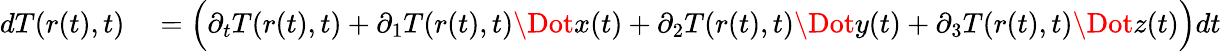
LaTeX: \begin{array}{rl}{dT(r(t),t)}&{{}=\Big(\partial_{t}T(r(t),t)+\partial_{1}T(r(t),t)\Dot{x}(t)+\partial_{2}T(r(t),t)\Dot{y}(t)+\partial_{3}T(r(t),t)\Dot{z}(t)\Big)dt}\end{array}